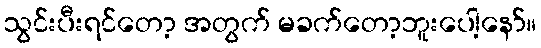
သွင်းပီးရင်တော့ အတွက် မခက်တော့ဘူးပေါ့နော်။